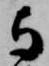
与